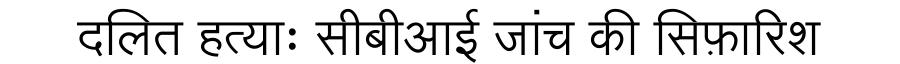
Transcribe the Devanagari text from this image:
दलित हत्याः सीबीआई जांच की सिफ़ारिश